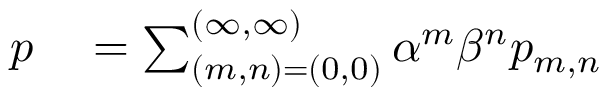
\begin{array} { r l } { p } & { { } = \sum _ { ( m , n ) = ( 0 , 0 ) } ^ { ( \infty , \infty ) } \alpha ^ { m } \beta ^ { n } p _ { m , n } } \end{array}